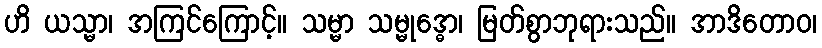
ဟိ ယသ္မာ၊ အကြင်ကြောင့်။ သမ္မာ သမ္မုဒ္ဓော၊ မြတ်စွာဘုရားသည်။ အာဒိတောဝ၊